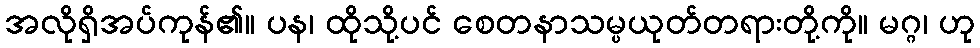
အလိုရှိအပ်ကုန်၏။ ပန၊ ထိုသို့ပင် စေတနာသမ္ပယုတ်တရားတို့ကို။ မဂ္ဂ၊ ဟု